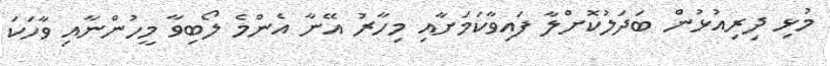
މުޅި ދިރިއުޅުން ބަދަލުކޮށްލާ ފައިވާކަމަށާއި މިހާރު އޭނާ އެންމެ ލޯބިވާ މީހުންނާއި ވާހަކަ